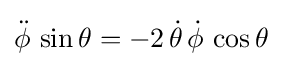
{\ddot {\phi }}\,\sin \theta =-2\,{\dot {\theta }}\,{\dot {\phi }}\,\cos \theta